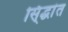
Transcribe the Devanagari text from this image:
सि्द्धांत